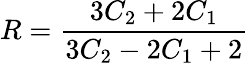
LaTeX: R=\frac{3C_{2}+2C_{1}}{3C_{2}-2C_{1}+2}